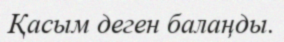
Қасым деген балаңды.